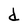
Character: d